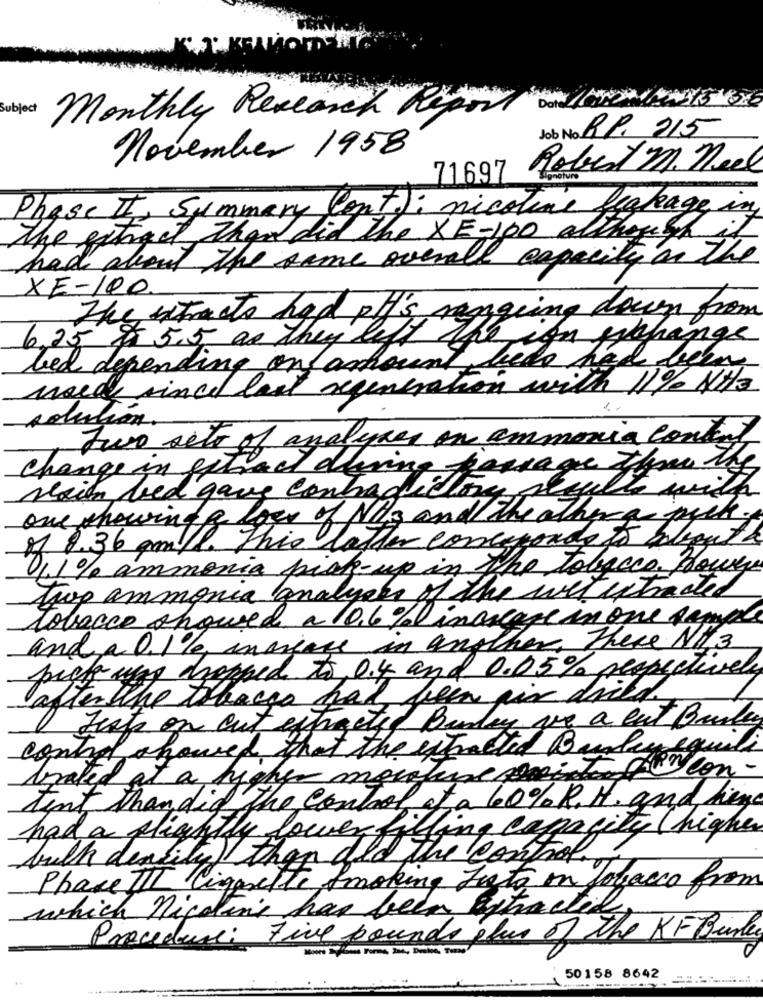
Subject
Monthly Research Report DoNICODEMOAND13 46
Job No RP. 215
november 1958
Robert M. Neel
71697
Phase II, Summary Cont): nicotine leakage in
the extract than did the XE-100 although
i)
had about the same overall capacity on the
XE-100.
The tacto had pt's rengeing down from
6.25 & 5.5 as they left the ign sithangs
led depending on amount lede he
words since last regeneration with 11% NH3
solución.
Two sets of analysen on ammonia content
ansage & lime the
change in extract.
diving
serien bed gave contradictory results with
one showing a loss of Ns and the other a pack
of 8.36 am/l. This latter conceponde to about a
1.1 % ammonia pick-up in The Tobacco. Howey
two ammonia analyses of the wet extracted
tobacco showed a 10.6% increase in one sample
and a 0.Ile, inviare in another, There NH 3
pick was dropped to 0.4 and 0.05% respectively
afterthe tobacco had been pix dried
Jests on cut etheted Bundy ve a eut Bailey
control showed that the extracted Bayley equili
brated at a higher mouture fincon-
tent than did the control at a 60% R. H. and line
had a slightly lower filling capacity ( higher
bulk density!
them
her old the control T
Phase III Cigarette Smoking Justo on Tobacco from
which nicotine has been extracted
Procedure: Five bounds plus of the KF Binder
50158 8642